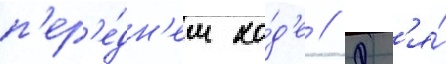
п'ер'е́дн'ем хо́д'е // Дл'я́